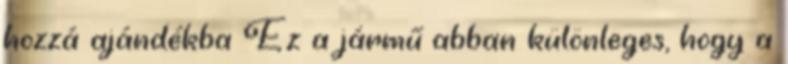
hozzá ajándékba Ez a jármű abban különleges, hogy a